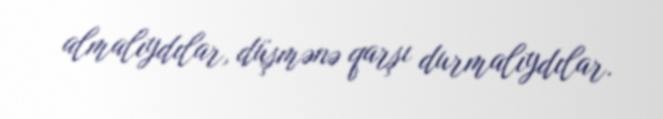
almalıydılar, düşmənə qarşı durmalıydılar.